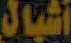
أشبال